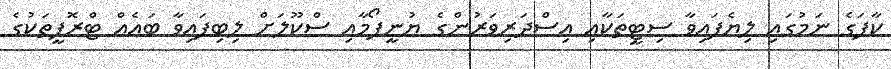
ކާފަގެ ނަމުގައި ލިޔެފައިވާ ސިޓީތަކާއި އިސްދަރިވަރުންގެ ޔުނީފޯމާއި ސްކޫލަށް ލިބިފައިވާ ބައެއް ޓްރޮފީތަކުގެ